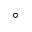
^ \circ